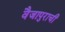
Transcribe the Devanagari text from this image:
वैजापुराची